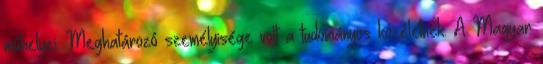
mûhelyei. Meghatározó személyisége volt a tudományos közéletnek. A Magyar